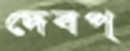
দেবপ্